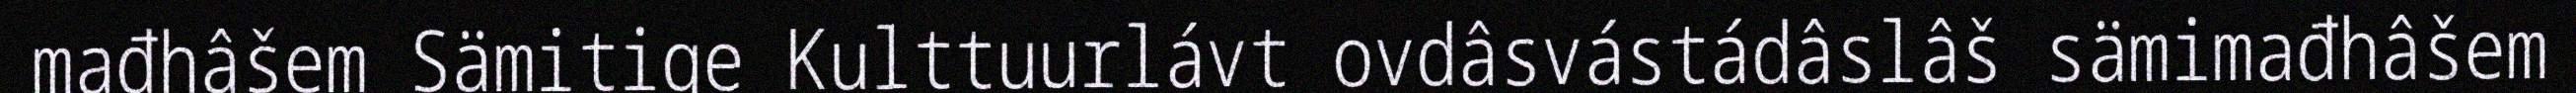
mađhâšem Sämitige Kulttuurlávt ovdâsvástádâslâš sämimađhâšem